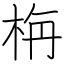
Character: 栴